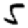
Digit: 5